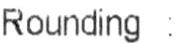
ROUNDING :